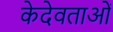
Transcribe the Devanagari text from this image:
केदेवताओं